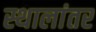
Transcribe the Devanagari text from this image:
स्थालांतर